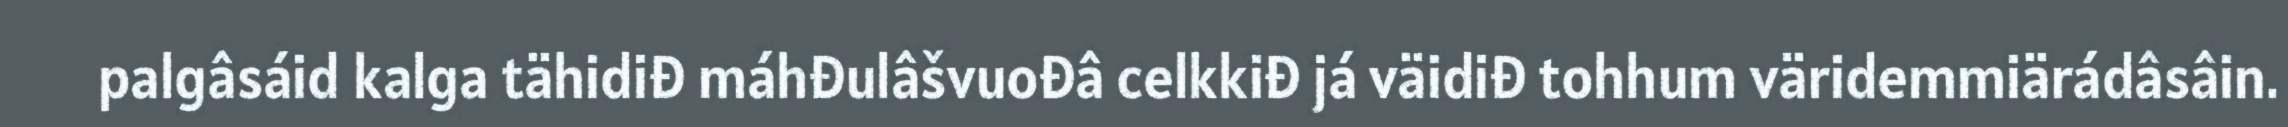
palgâsáid kalga tähidiđ máhđulâšvuođâ celkkiđ já väidiđ tohhum väridemmiärádâsâin.